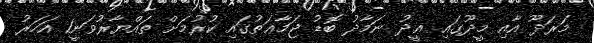
މަރަދޫ އާއި މީދޫގައި ޢީދު ނަމާދު ބޮޑު ޖަމާޢަތުގައި ކުރުމަށް ތައްޔާރުވަނީ1 އަހަރު